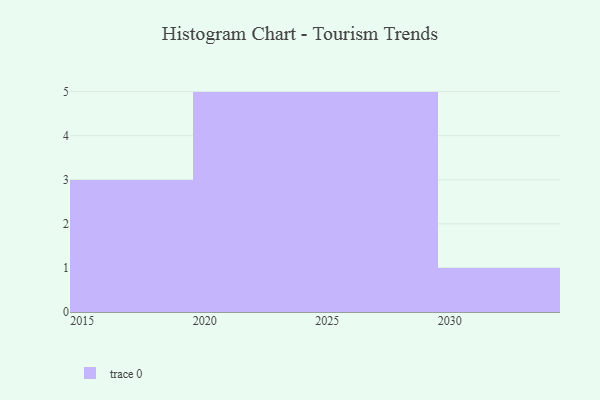
{"axis": {"x": "Year", "y": "Budget (USD K)"}, "legend": [""], "data": [{"x": "2027", "y": 25, "type": ""}, {"x": "2021", "y": 32, "type": ""}, {"x": "2023", "y": 35, "type": ""}, {"x": "2028", "y": 69, "type": ""}, {"x": "2024", "y": 93, "type": ""}, {"x": "2025", "y": 3, "type": ""}, {"x": "2026", "y": 23, "type": ""}, {"x": "2029", "y": 37, "type": ""}, {"x": "2020", "y": 9, "type": ""}, {"x": "2022", "y": 21, "type": ""}, {"x": "2030", "y": 21, "type": ""}, {"x": "2015", "y": 78, "type": ""}, {"x": "2016", "y": 25, "type": ""}, {"x": "2019", "y": 89, "type": ""}]}